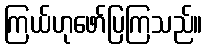
ကြယ်ဟုဖော်ပြကြသည်။